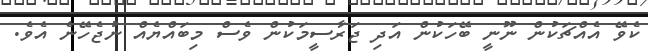
ކެވޭ އެއްޗަކުން ނޫނީ ބޭހަކުން އަދި ޖަރާސީމަކުން ވެސް މިބައްޔެއް ނުޖެހޭނެ އެވެ.